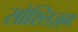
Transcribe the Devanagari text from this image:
सोश्लिज़्म